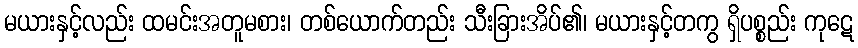
မယားနှင့်လည်း ထမင်းအတူမစား၊ တစ်ယောက်တည်း သီးခြားအိပ်၏၊ မယားနှင့်တကွ ရှိပစ္စည်း ကုဋေ